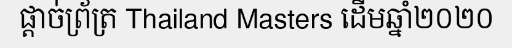
ផ្តាច់ព្រ័ត្រ Thailand Masters ដើមឆ្នាំ២០២០